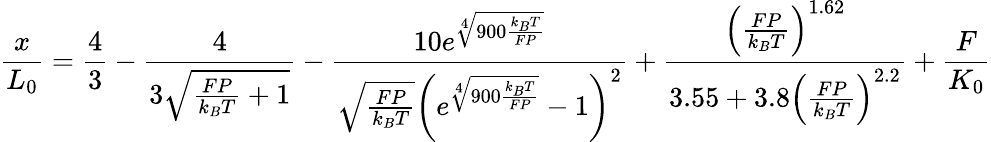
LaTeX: {\frac{x}{L_{0}}}={\frac{4}{3}}-{\frac{4}{3{\sqrt{{\frac{FP}{k_{B}T}}+1}}}}-{\frac{10e^{\sqrt[{4}]{900{\frac{k_{B}T}{FP}}}}}{{\sqrt{\frac{FP}{k_{B}T}}}\left(e^{\sqrt[{4}]{900{\frac{k_{B}T}{FP}}}}-1\right)^{2}}}+{\frac{\left({\frac{FP}{k_{B}T}}\right)^{1.62}}{3.55+3.8\left({\frac{FP}{k_{B}T}}\right)^{2.2}}}+{\frac{F}{K_{0}}}